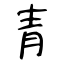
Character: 青